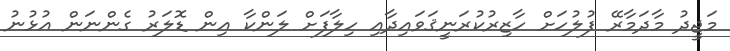
މަޖީދު މާދަމާރޭ ފުލުހަށް ހާޒިރުކުރަނީޤަވައިދާއި ހިލާފަށް ލަންކާ އިން ޑޮލަރު ގެންނަން އުޅުނު